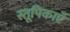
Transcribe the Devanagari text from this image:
स्तूपिकाएँ